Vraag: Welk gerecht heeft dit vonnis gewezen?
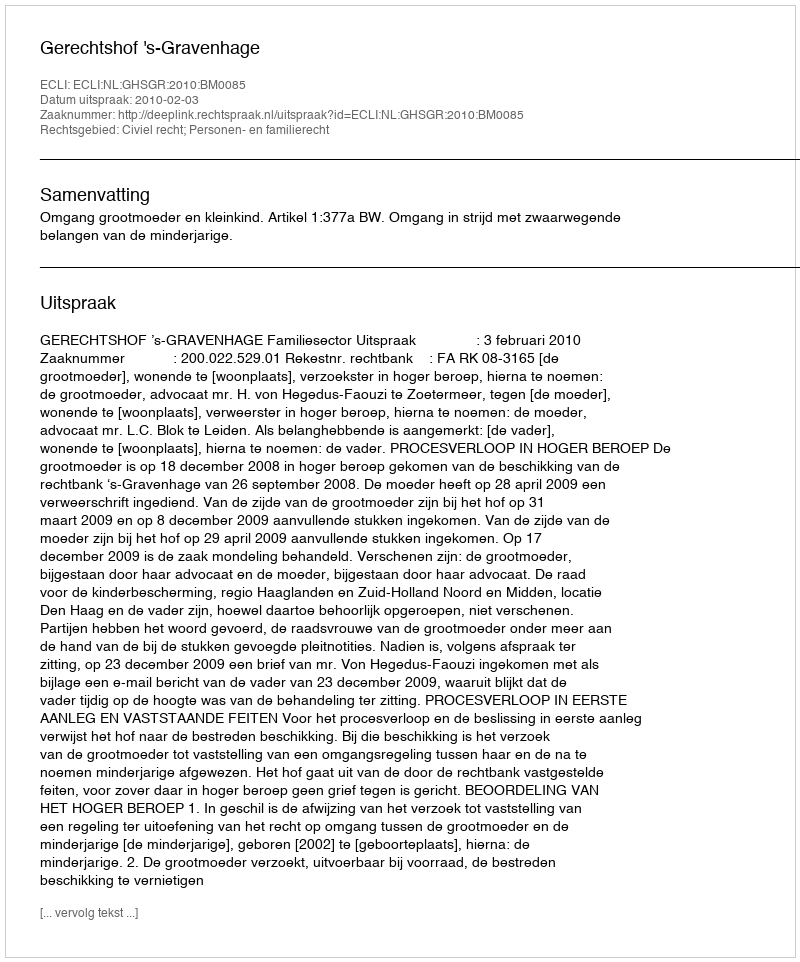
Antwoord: Gerechtshof 's-Gravenhage